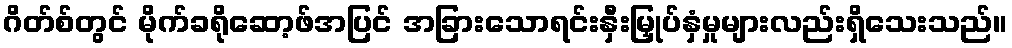
ဂိတ်စ်တွင် မိုက်ခရိုဆော့ဖ်အပြင် အခြားသောရင်းနှီးမြှုပ်နှံမှုများလည်းရှိသေးသည်။